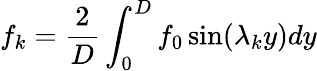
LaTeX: f_{k}=\frac{2}{D}\int_{0}^{D}f_{0}\sin(\lambda_{k}y)dy